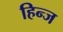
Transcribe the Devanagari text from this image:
हिन्ज